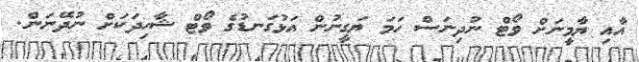
އާއި ޔާމީނަށް ވޯޓް ނުދިނަސް ހަމަ ޔަގީނުން އަޅުގަނޑުގެ ވޯޓް ޝާހިދަކަށް ނުދޭނަން.